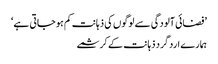
’فضائی آلودگی سے لوگوں کی ذہانت کم ہو جاتی ہے‘
ہمارے ارد گرد ذہانت کے کرشمے